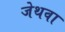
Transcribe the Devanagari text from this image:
जेथवा